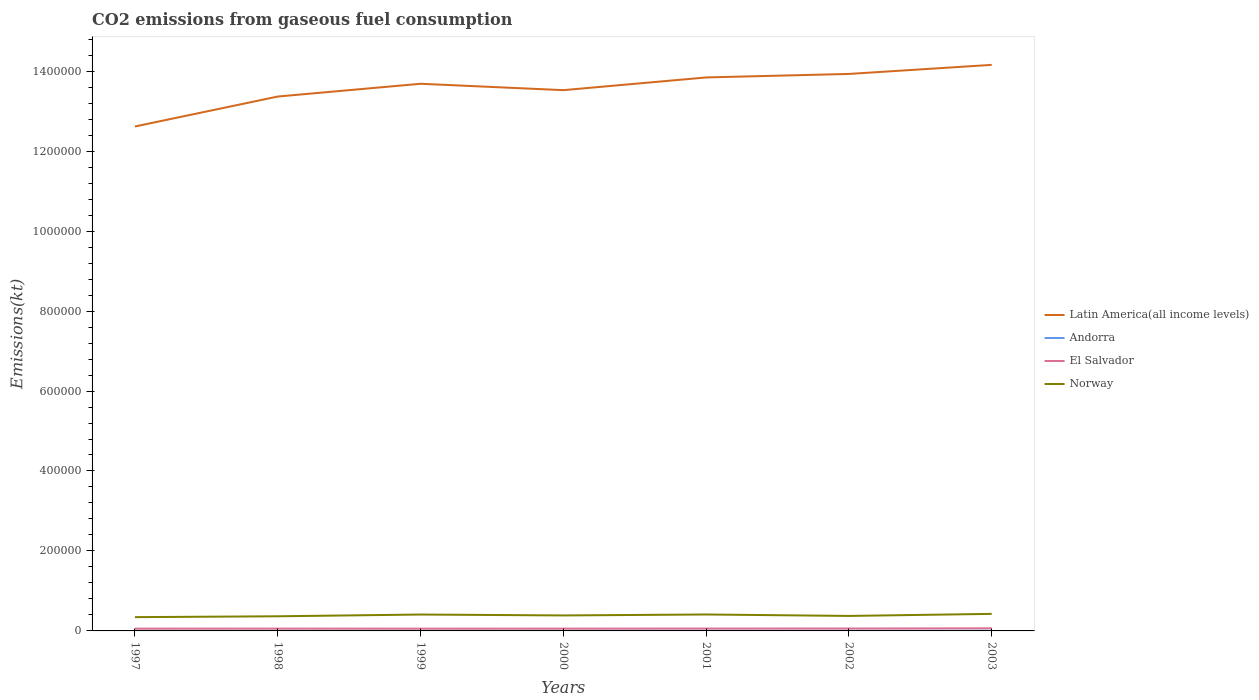
| Years | Latin America(all income levels) | Andorra | El Salvador | Norway |
 | --- | --- | --- | --- | --- |
 | 1997 | 1.26e+06 | 458 | 5.76e+03 | 3.45e+04 |
 | 1998 | 1.34e+06 | 484 | 5.81e+03 | 3.66e+04 |
 | 1999 | 1.37e+06 | 513 | 5.7e+03 | 4.1e+04 |
 | 2000 | 1.35e+06 | 524 | 5.74e+03 | 3.87e+04 |
 | 2001 | 1.38e+06 | 524 | 5.95e+03 | 4.11e+04 |
 | 2002 | 1.39e+06 | 532 | 6.04e+03 | 3.75e+04 |
 | 2003 | 1.42e+06 | 535 | 6.55e+03 | 4.26e+04 |